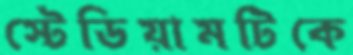
স্টেডিয়ামটিকে